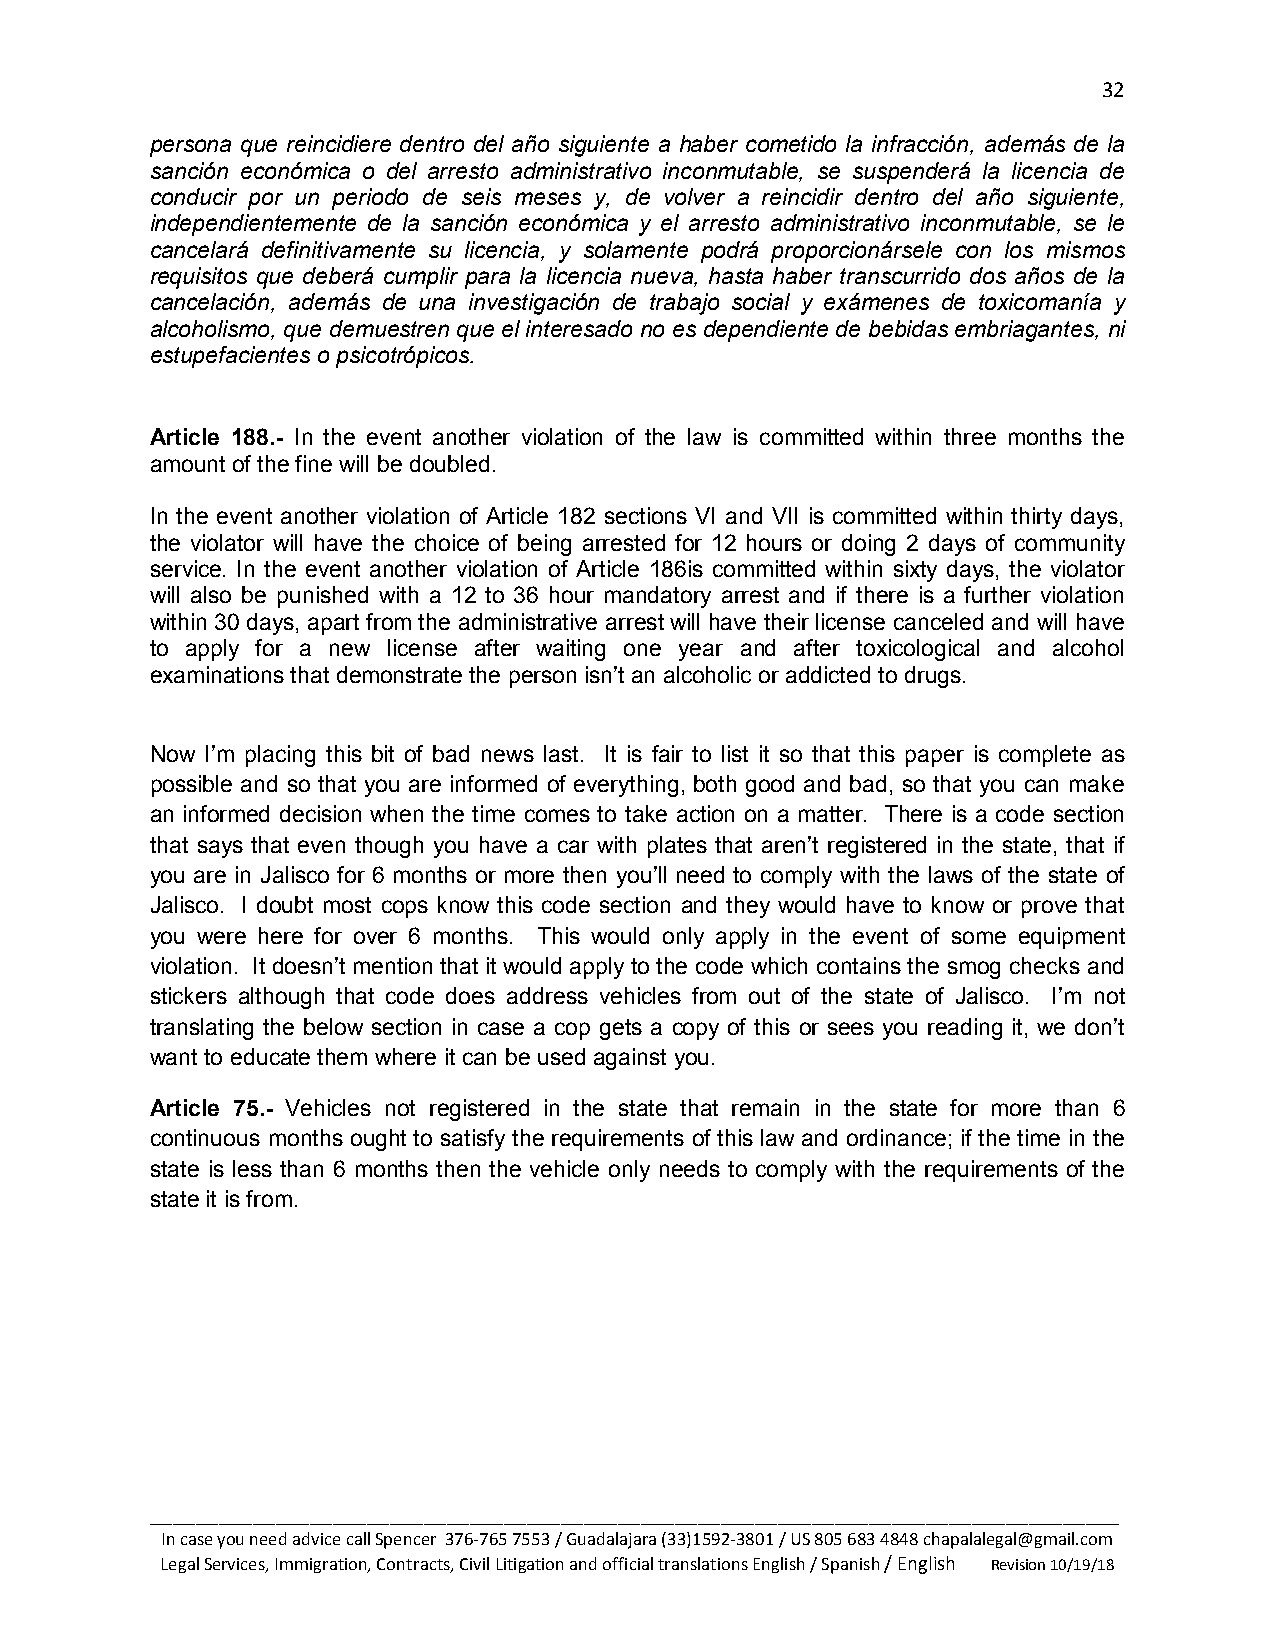
32
 persona que reincidiere dentro del año siguiente a haber cometido la infracción, además de la
 sanción económica o del arresto administrativo inconmutable, se suspenderá la licencia de
 conducir por un periodo de seis meses y, de volver a reincidir dentro del año siguiente,
 independientemente de la sanción económica y el arresto administrativo inconmutable, se le
 cancelará definitivamente su licencia, y solamente podrá proporcionársele con los mismos
 requisitos que deberá cumplir para la licencia nueva, hasta haber transcurrido dos años de la
 cancelación, además de una investigación de trabajo social y exámenes de toxicomanía y
 alcoholismo, que demuestren que el interesado no es dependiente de bebidas embriagantes, ni
 estupefacientes o psicotrópicos.
 Article 188.- In the event another violation of the law is committed within three months the
 amount of the fine will be doubled.
 In the event another violation of Article 182 sections VI and VII is committed within thirty days,
 the violator will have the choice of being arrested for 12 hours or doing 2 days of community
 service. In the event another violation of Article 186is committed within sixty days, the violator
 will also be punished with a 12 to 36 hour mandatory arrest and if there is a further violation
 within 30 days, apart from the administrative arrest will have their license canceled and will have
 to apply for a new license after waiting one year and after toxicological and alcohol
 examinations that demonstrate the person isn’t an alcoholic or addicted to drugs.
 Now I’m placing this bit of bad news last. It is fair to list it so that this paper is complete as
 possible and so that you are informed of everything, both good and bad, so that you can make
 an informed decision when the time comes to take action on a matter. There is a code section
 that says that even though you have a car with plates that aren’t registered in the state, that if
 you are in Jalisco for 6 months or more then you’ll need to comply with the laws of the state of
 Jalisco. I doubt most cops know this code section and they would have to know or prove that
 you were here for over 6 months. This would only apply in the event of some equipment
 violation. It doesn’t mention that it would apply to the code which contains the smog checks and
 stickers although that code does address vehicles from out of the state of Jalisco. I’m not
 translating the below section in case a cop gets a copy of this or sees you reading it, we don’t
 want to educate them where it can be used against you.
 Article 75.- Vehicles not registered in the state that remain in the state for more than 6
 continuous months ought to satisfy the requirements of this law and ordinance; if the time in the
 state is less than 6 months then the vehicle only needs to comply with the requirements of the
 state it is from.
 _____________________________________________________________________________________
 In case you need advice call Spencer 376-765 7553 / Guadalajara (33)1592-3801 / US 805 683 4848 chapalalegal@gmail.com
 Legal Services, Immigration, Contracts, Civil Litigation and official translations English / Spanish / English Revision 10/19/18